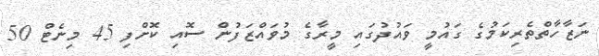
ނަޒާހާތްތެރިކަމުގެ ގައުމީ ވައުދުގައި މީރާގެ މުވައްޒަފުން ސޮއި ކޮށްފި 45 މިނެޓް 50